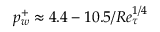
p _ { w } ^ { + } \approx 4 . 4 - 1 0 . 5 / R e _ { \tau } ^ { 1 / 4 }